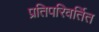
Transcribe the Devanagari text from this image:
प्रतिपरिवर्तित